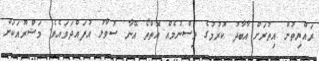
ރައްޔިތުން އިތުރަށް އާބާދު ކުރުމުގެ ވިސްނުމެއް އޮތްތޯ އޭނާ ސުވާލު އުފައްދަވައެވެ. މަޝްރޫއަކަށް